Lunatic asylums Punjab 1868-1880 - 1868-1880
Year: 1868
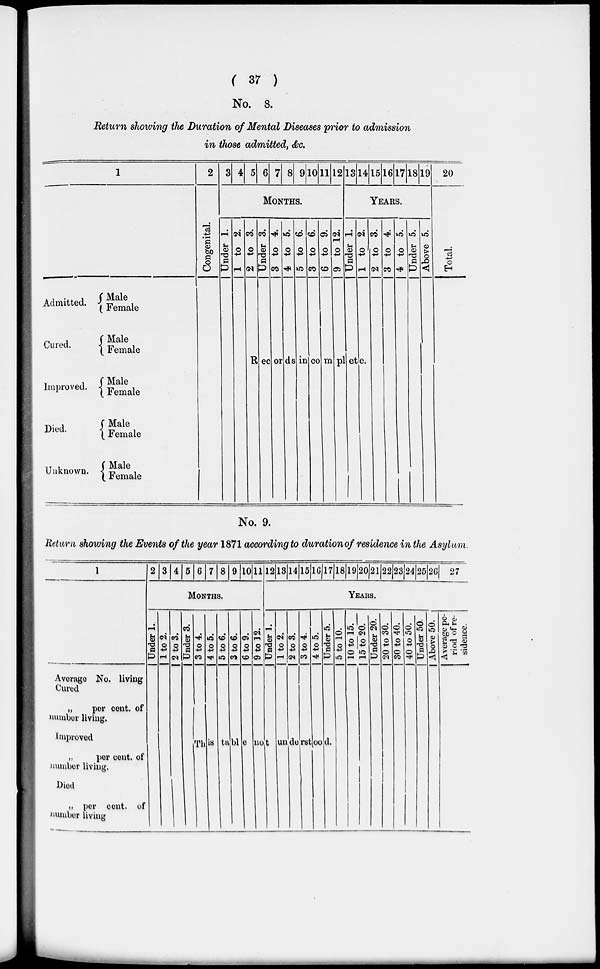
( 37 )
No. 8.
Return showing the Duration of Mental Diseases prior to admission
in those admitted, &c.
1
Admitted.
Cured.
Improved.
Died.
Unknown.
Male
Female
Male
Female
Male
Female
Male
Female
Male
Female
2
Congenital.
3 4 5 6 7 8 9 10 11 12
MONTHS
Under 1.
1 to 2.
2 to 3.
Under 3.
3 to 4.
4 to 5.
5 to 6.
3 to 6.
6 to 9.
9 to 12.
13
14
15 16
17 18
19
YEAR.
Unde r 1.
1 to 2.
2 to 3.
3 to 4.
4 to 5.
Under 5.
Above 5.
Records in Complete.
20
Total.
No. 9.
Return showing the Events of the year 1871 according to duration of residence in the Asylum.
1
Average No. living
Cured
„
per cent. of
number living.
Improved
„
per cent. of
number living.
Died
„ per cent. of
number living
2 3 4 5 6 7 8 9 10 11
MONTHS
Under 1.
1 to 2.
2 to 3.
Under 3.
3 to 4.
4 to 5.
5 to 6.
3 to 6.
6 to 9.
9 to 12.
12 13 14 15 16 17 18 19 20 21 22 23 24 25 26 27
YEARS.
Under 1.
1 to 2.
2 to 3.
3 to 4.
4 to 5.
Under 5.
5 to 10.
10 to 15.
15 to 20.
Under 20.
20 to 30.
30 to 40.
40 to 50.
Under 50.
Above 50.
This is table not understood.
Average pe-
riod of re-
sidence.